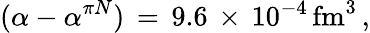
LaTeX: (\alpha-\alpha^{\pi N})\, =\, 9.6\, \times\, 10^{-4}\, \mathrm{fm}^{3}\, ,